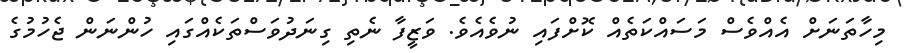
މިހާތަނަށް އެއްވެސް މަސައްކަތެއް ކޮށްފައި ނުވެއެވެ. ވަޒީފާ ނެތި ގިނަދުވަސްތަކެއްގައި ހުންނަން ޖެހުމުގެ